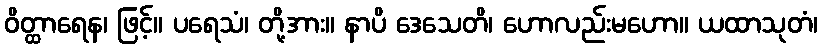
ဝိတ္ထာရေန၊ ဖြင့်။ ပရေသံ၊ တို့အား။ နာပိ ဒေသေတိ၊ ဟောလည်းမဟော။ ယထာသုတံ၊